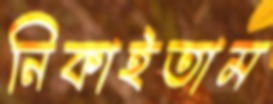
নিকাইতাম